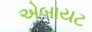
એબાયટ